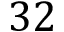
3 2